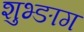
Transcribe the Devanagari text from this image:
शुभ्ङाग